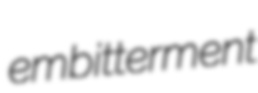
embitterment